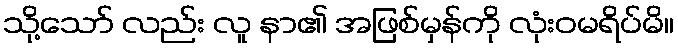
သို့သော် လည်း လူ နာ၏ အဖြစ်မှန်ကို လုံးဝမရိပ်မိ။